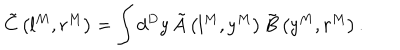
\tilde { C } \left( l ^ { M } , r ^ { M } \right) = \int d ^ { D } y \, \tilde { A } \left( l ^ { M } , y ^ { M } \right) \tilde { B } \left( y ^ { M } , r ^ { M } \right) .